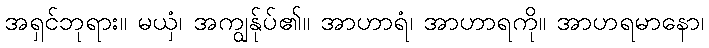
အရှင်ဘုရား။ မယှံ၊ အကျွန်ုပ်၏။ အာဟာရံ၊ အာဟာရကို။ အာဟရမာနော၊